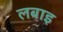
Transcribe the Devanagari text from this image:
लबाइ